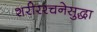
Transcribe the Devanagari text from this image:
शरीररचनेसुद्धा